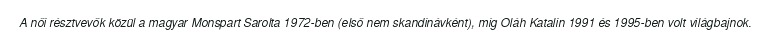
A női résztvevők közül a magyar Monspart Sarolta 1972-ben (első nem skandinávként), míg Oláh Katalin 1991 és 1995-ben volt világbajnok.